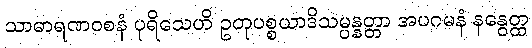
သာဓာရဏဝစနံ ပုရိသေဟိ ဥတုပစ္စယာဒိသမ္ပန္နတ္တာ အပဂမနံ နနွေတ္ထ